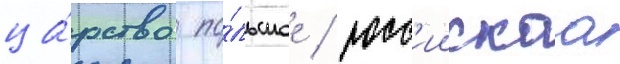
ца́рство по́льское / росс'иискаа